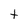
Character: T